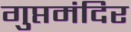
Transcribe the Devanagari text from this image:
गुप्तमंदिर